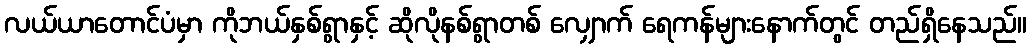
လယ်ယာတောင်ပံမှာ ကိုဘယ်နှစ်ရွာနှင့် ဆိုလိုနစ်ရွာတစ် လျှောက် ရေကန်များနောက်တွင် တည်ရှိနေသည်။